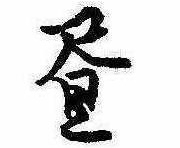
昼